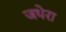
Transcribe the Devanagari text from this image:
जथेरा